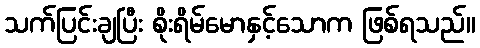
သက်ပြင်းချပြီး စိုးရိမ်မောနှင့်သောက ဖြစ်ရသည်။